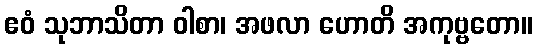
ဧဝံ သုဘာသိတာ ဝါစာ၊ အဖလာ ဟောတိ အကုဗ္ဗတော။